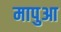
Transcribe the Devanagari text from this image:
मापुआ